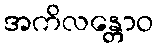
အကိလန္တောဝ